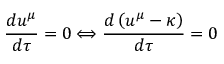
\frac { d u ^ { \mu } } { d \tau } = 0 \Longleftrightarrow \frac { d \left( u ^ { \mu } - \kappa \right) } { d \tau } = 0